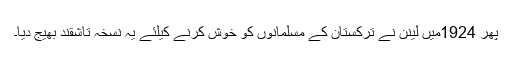
پھر 1924میں لینن نے ترکستان کے مسلمانوں کو خوش کرنے کیلئے یہ نسخہ تاشقند بھیج دیا۔